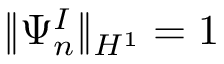
\| \Psi _ { n } ^ { I } \| _ { H ^ { 1 } } = 1